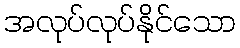
အလုပ်လုပ်နိုင်သော